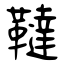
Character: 韃